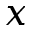
x